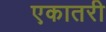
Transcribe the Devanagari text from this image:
एकातरी